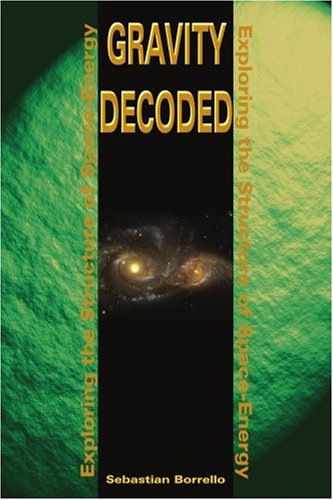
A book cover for Gravity Decoded: Exploring the Structure of Space-Energy; Sebastian Borrello; Science & Math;